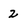
Character: 2